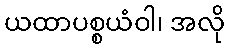
ယထာပစ္စယံဝါ၊ အလို